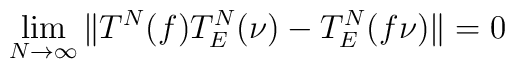
\lim_{N \to \infty} \Vert T^N(f) T^N_E(\nu) - T^N_E(f\nu) \Vert = 0